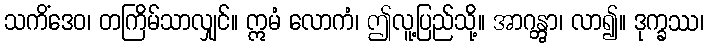
သကိံဒေဝ၊ တကြိမ်သာလျှင်။ ဣမံ လောကံ၊ ဤလူ့ပြည်သို့။ အာဂန္တွာ၊ လာ၍။ ဒုက္ခဿ၊